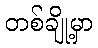
တစ်ချို့မှာ